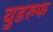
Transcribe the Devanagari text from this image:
वुडरुफ